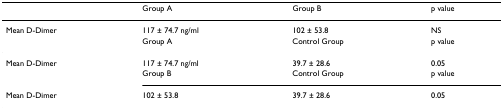
|  | Group A | Group B | p value |
 | --- | --- | --- | --- |
 | Mean D-Dimer | 117 ± 74.7 ng/ml | 102 ± 53.8 | NS |
 |  | Group A | Control Group | p value |
 | Mean D-Dimer | 117 ± 74.7 ng/ml | 39.7 ± 28.6 | 0.05 |
 |  | Group B | Control Group | p value |
 | Mean D-Dimer | 102 ± 53.8 | 39.7 ± 28.6 | 0.05 |